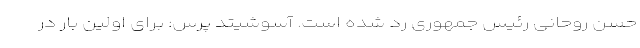
حسن روحانی رئیس جمهوری رد شده است. آسوشیتد پرس: برای اولین بار در